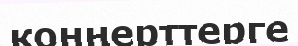
конңерттерге